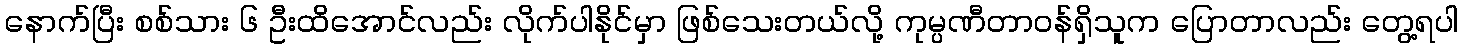
နောက်ပြီး စစ်သား ၆ ဦးထိအောင်လည်း လိုက်ပါနိုင်မှာ ဖြစ်သေးတယ်လို့ ကုမ္ပဏီတာဝန်ရှိသူက ပြောတာလည်း တွေ့ရပါ